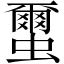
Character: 蠒